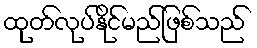
ထုတ်လုပ်နိုင်မည်ဖြစ်သည်